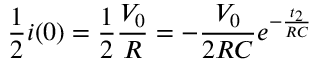
\frac { 1 } { 2 } i ( 0 ) = \frac { 1 } { 2 } \frac { V _ { 0 } } { R } = - \frac { V _ { 0 } } { 2 R C } e ^ { - \frac { t _ { 2 } } { R C } }